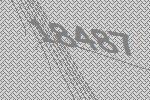
18487